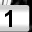
Digit: 1